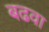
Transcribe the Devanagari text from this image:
बढवा